Civil Veterinary Department Bengal reports 1923-33 - 1923-1933
Year: 1923
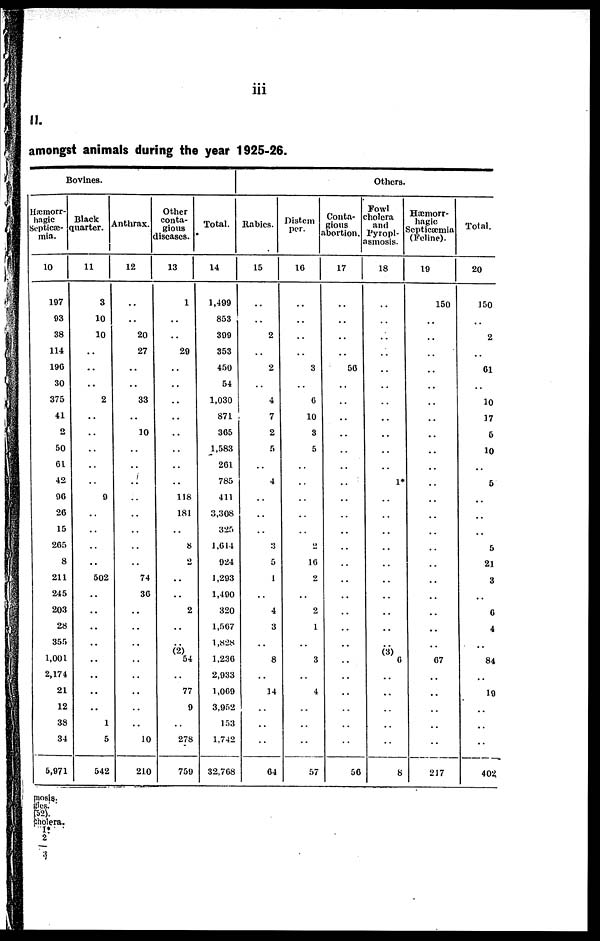
iii
amongst animals during the year 1925-26.
Bovines.
Hæmorr-
hagic
Septicæ-
mia.
10
197
93
38
114
196
30
375
41
2
50
61
42
96
26
15
265
8
211
245
203
28
355
1,001
2,174
21
12
38
34
5,971
Black
quarter.
11
3
10
10
..
..
..
2
..
..
..
..
..
9
..
..
..
..
502
..
..
..
..
..
..
..
..
1
5
542
Anthrax.
12
..
..
20
27
..
..
33
..
10
..
..
..
..
..
..
..
..
74
36
..
..
..
..
..
..
..
..
10
210
Other
conta-
gious
diseases.
13
1
..
..
29
..
..
..
..
..
..
..
..
118
181
..
8
2
..
..
2
..
..
(2)
54
..
77
9
..
278
759
Total.
14
1,499
853
399
353
450
54
1,030
871
365
1,583
261
785
411
3,308
325
1,614
924
1,293
1,490
320
1,567
1,828
1,236
2,933
1,069
3,952
153
1,742
32,768
Others.
Rabies.
15
..
..
2
..
2
..
4
7
2
5
..
4
..
..
..
3
5
1
..
4
3
..
8
..
14
..
..
..
64
Distem
per.
16
..
..
..
..
3
..
6
10
3
5
..
..
..
..
..
2
16
2
..
2
1
..
3
..
4
..
..
..
57
Conta-
gious
abortion.
17
..
..
..
..
56
..
..
..
..
..
..
..
..
..
..
..
..
..
..
..
..
..
..
..
..
..
..
..
56
Fowl
cholera
and
Pyropl-
asmosis.
18
..
..
..
..
..
..
..
..
..
..
..
1*
..
..
..
..
..
..
..
..
..
..
(3) 6
..
..
..
..
..
8
Hæmorr-
hagic
Septicæmia
(Feline).
19
150
..
..
..
..
..
..
..
..
..
..
..
..
..
..
..
..
..
..
..
..
..
67
..
..
..
..
..
217
Total.
20
150
..
2
..
61
..
10
17
5
10
..
5
..
..
..
5
21
3
..
6
4
..
84
..
10
..
..
..
402.
mosis.
gles.
(52).
cholera.
1*
2
3